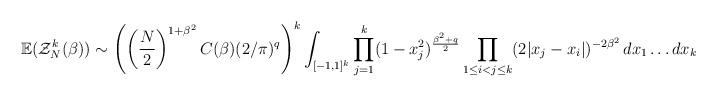
LaTeX: \begin{align*}\mathbb{E}(\mathcal{Z}^{k}_{N}(\beta)) \sim \left(\left(\frac{N}{2}\right)^{1+\beta^{2}}C(\beta)(2/\pi)^{q}\right)^{k} \int_{[-1,1]^{k}}\prod_{j=1}^{k}(1-x_{j}^{2})^{\frac{\beta^{2}+q}{2}}\prod_{1 \leq i < j \leq k}(2|x_{j}-x_{i}|)^{-2\beta^{2}}\,dx_{1}\ldots dx_{k}\end{align*}